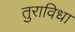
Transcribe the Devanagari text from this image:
तुराविधा